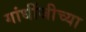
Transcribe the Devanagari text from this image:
गांधींजीच्या